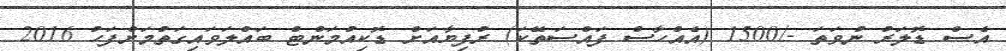
އެސް ޑޮލަރު ނުވަތަ -/1500 (އެއްހާސް ފައްސަތޭކަ) ރުފިޔާއަށް ޑޮކިއުމަންޓް ބައްލަވައިގަތުމަށްފަހު 2016